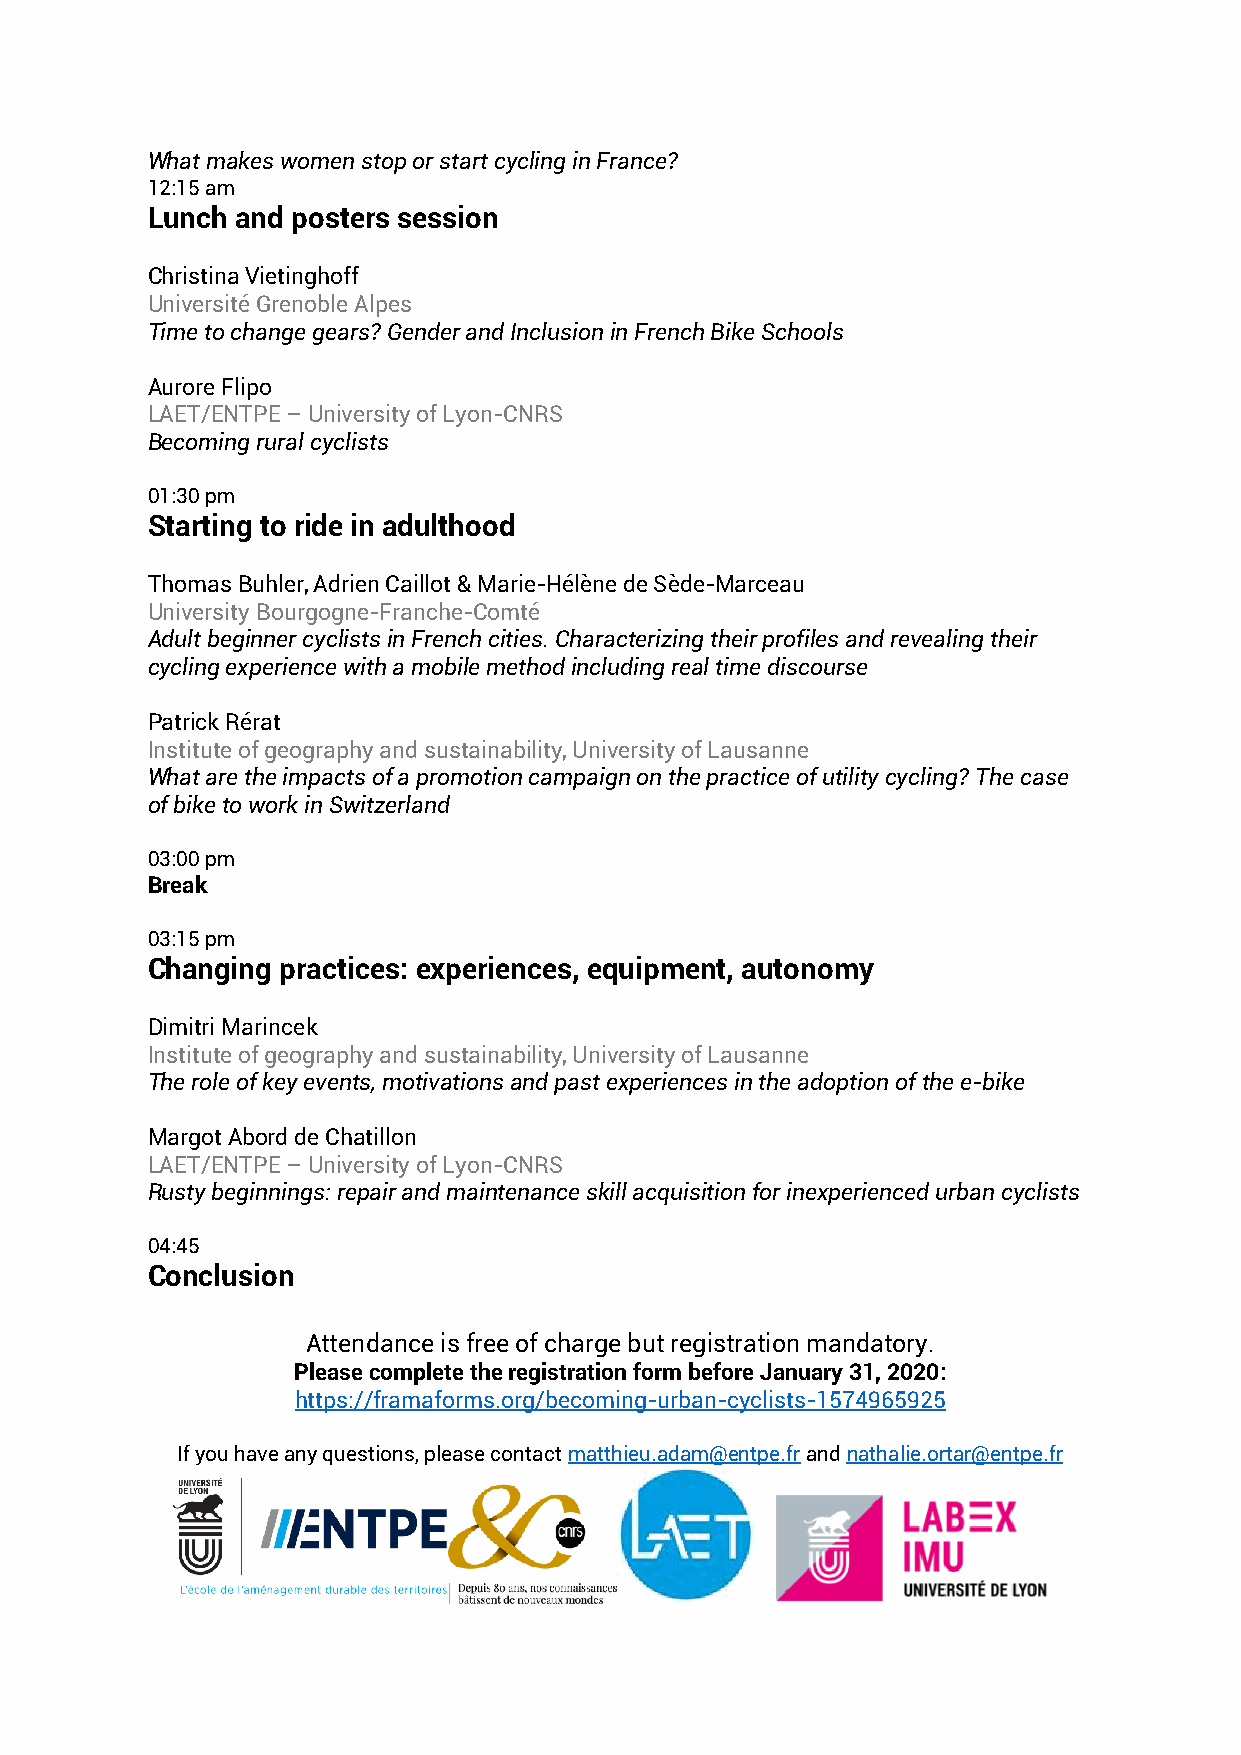
What makes women stop or start cycling in France?
 12:15 am
 Lunch and posters session
 Christina Vietinghoff
 Université Grenoble Alpes
 Time to change gears? Gender and Inclusion in French Bike Schools
 Aurore Flipo
 LAET/ENTPE – University of Lyon-CNRS
 Becoming rural cyclists
 01:30 pm
 Starting to ride in adulthood
 Thomas Buhler, Adrien Caillot & Marie-Hélène de Sède-Marceau
 University Bourgogne-Franche-Comté
 Adult beginner cyclists in French cities. Characterizing their profiles and revealing their
 cycling experience with a mobile method including real time discourse
 Patrick Rérat
 Institute of geography and sustainability, University of Lausanne
 What are the impacts of a promotion campaign on the practice of utility cycling? The case
 of bike to work in Switzerland
 03:00 pm
 Break
 03:15 pm
 Changing practices: experiences, equipment, autonomy
 Dimitri Marincek
 Institute of geography and sustainability, University of Lausanne
 The role of key events, motivations and past experiences in the adoption of the e-bike
 Margot Abord de Chatillon
 LAET/ENTPE – University of Lyon-CNRS
 Rusty beginnings: repair and maintenance skill acquisition for inexperienced urban cyclists
 04:45
 Conclusion
 Attendance is free of charge but registration mandatory.
 Please complete the registration form before January 31, 2020:
 https://framaforms.org/becoming-urban-cyclists-1574965925
 If you have any questions, please contact matthieu.adam@entpe.fr and nathalie.ortar@entpe.fr